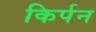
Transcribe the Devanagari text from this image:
किर्पन